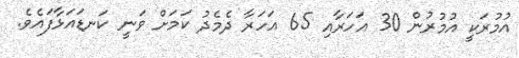
އުމުރަކީ އުމުރުން 30 އަހަރާއި 65 އަހަރާ ދެމެދު ކަމަށް ވަނީ ކަނޑައަޅާފައެވެ.